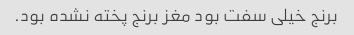
برنج خیلی سفت بود مغز برنج پخته نشده بود.